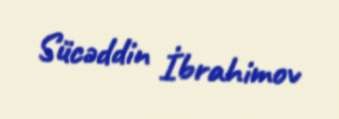
Sücəddin İbrahimov